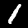
Label: 1